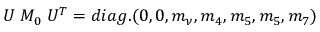
U \; { \cal M } _ { 0 } \; U ^ { T } = d i a g . ( 0 , 0 , m _ { \nu } , m _ { 4 } , m _ { 5 } , m _ { 5 } , m _ { 7 } )